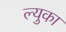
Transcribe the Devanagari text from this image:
ल्युका